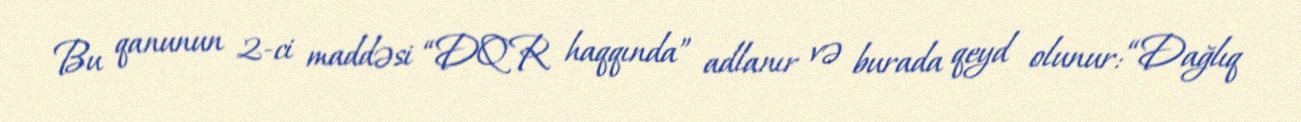
Bu qanunun 2-ci maddəsi “DQR haqqında” adlanır və burada qeyd olunur: “Dağlıq